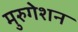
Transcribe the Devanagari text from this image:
मुरुगेशन